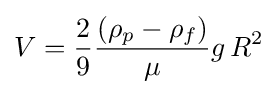
V={\frac {2}{9}}{\frac {\left(\rho _{p}-\rho _{f}\right)}{\mu }}g\,R^{2}